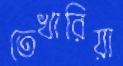
তেখারিয়া